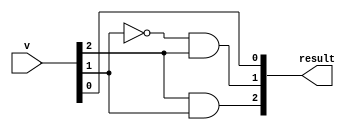
module circuitA(input [2:0] v,output [2:0] result);
assign result[2]=v[2]&v[1];
assign result[1]=(~v[1])&v[2];
assign result[0]=v[0];
endmodule